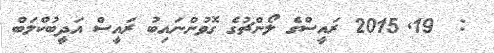
:  19